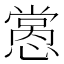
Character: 𢡭